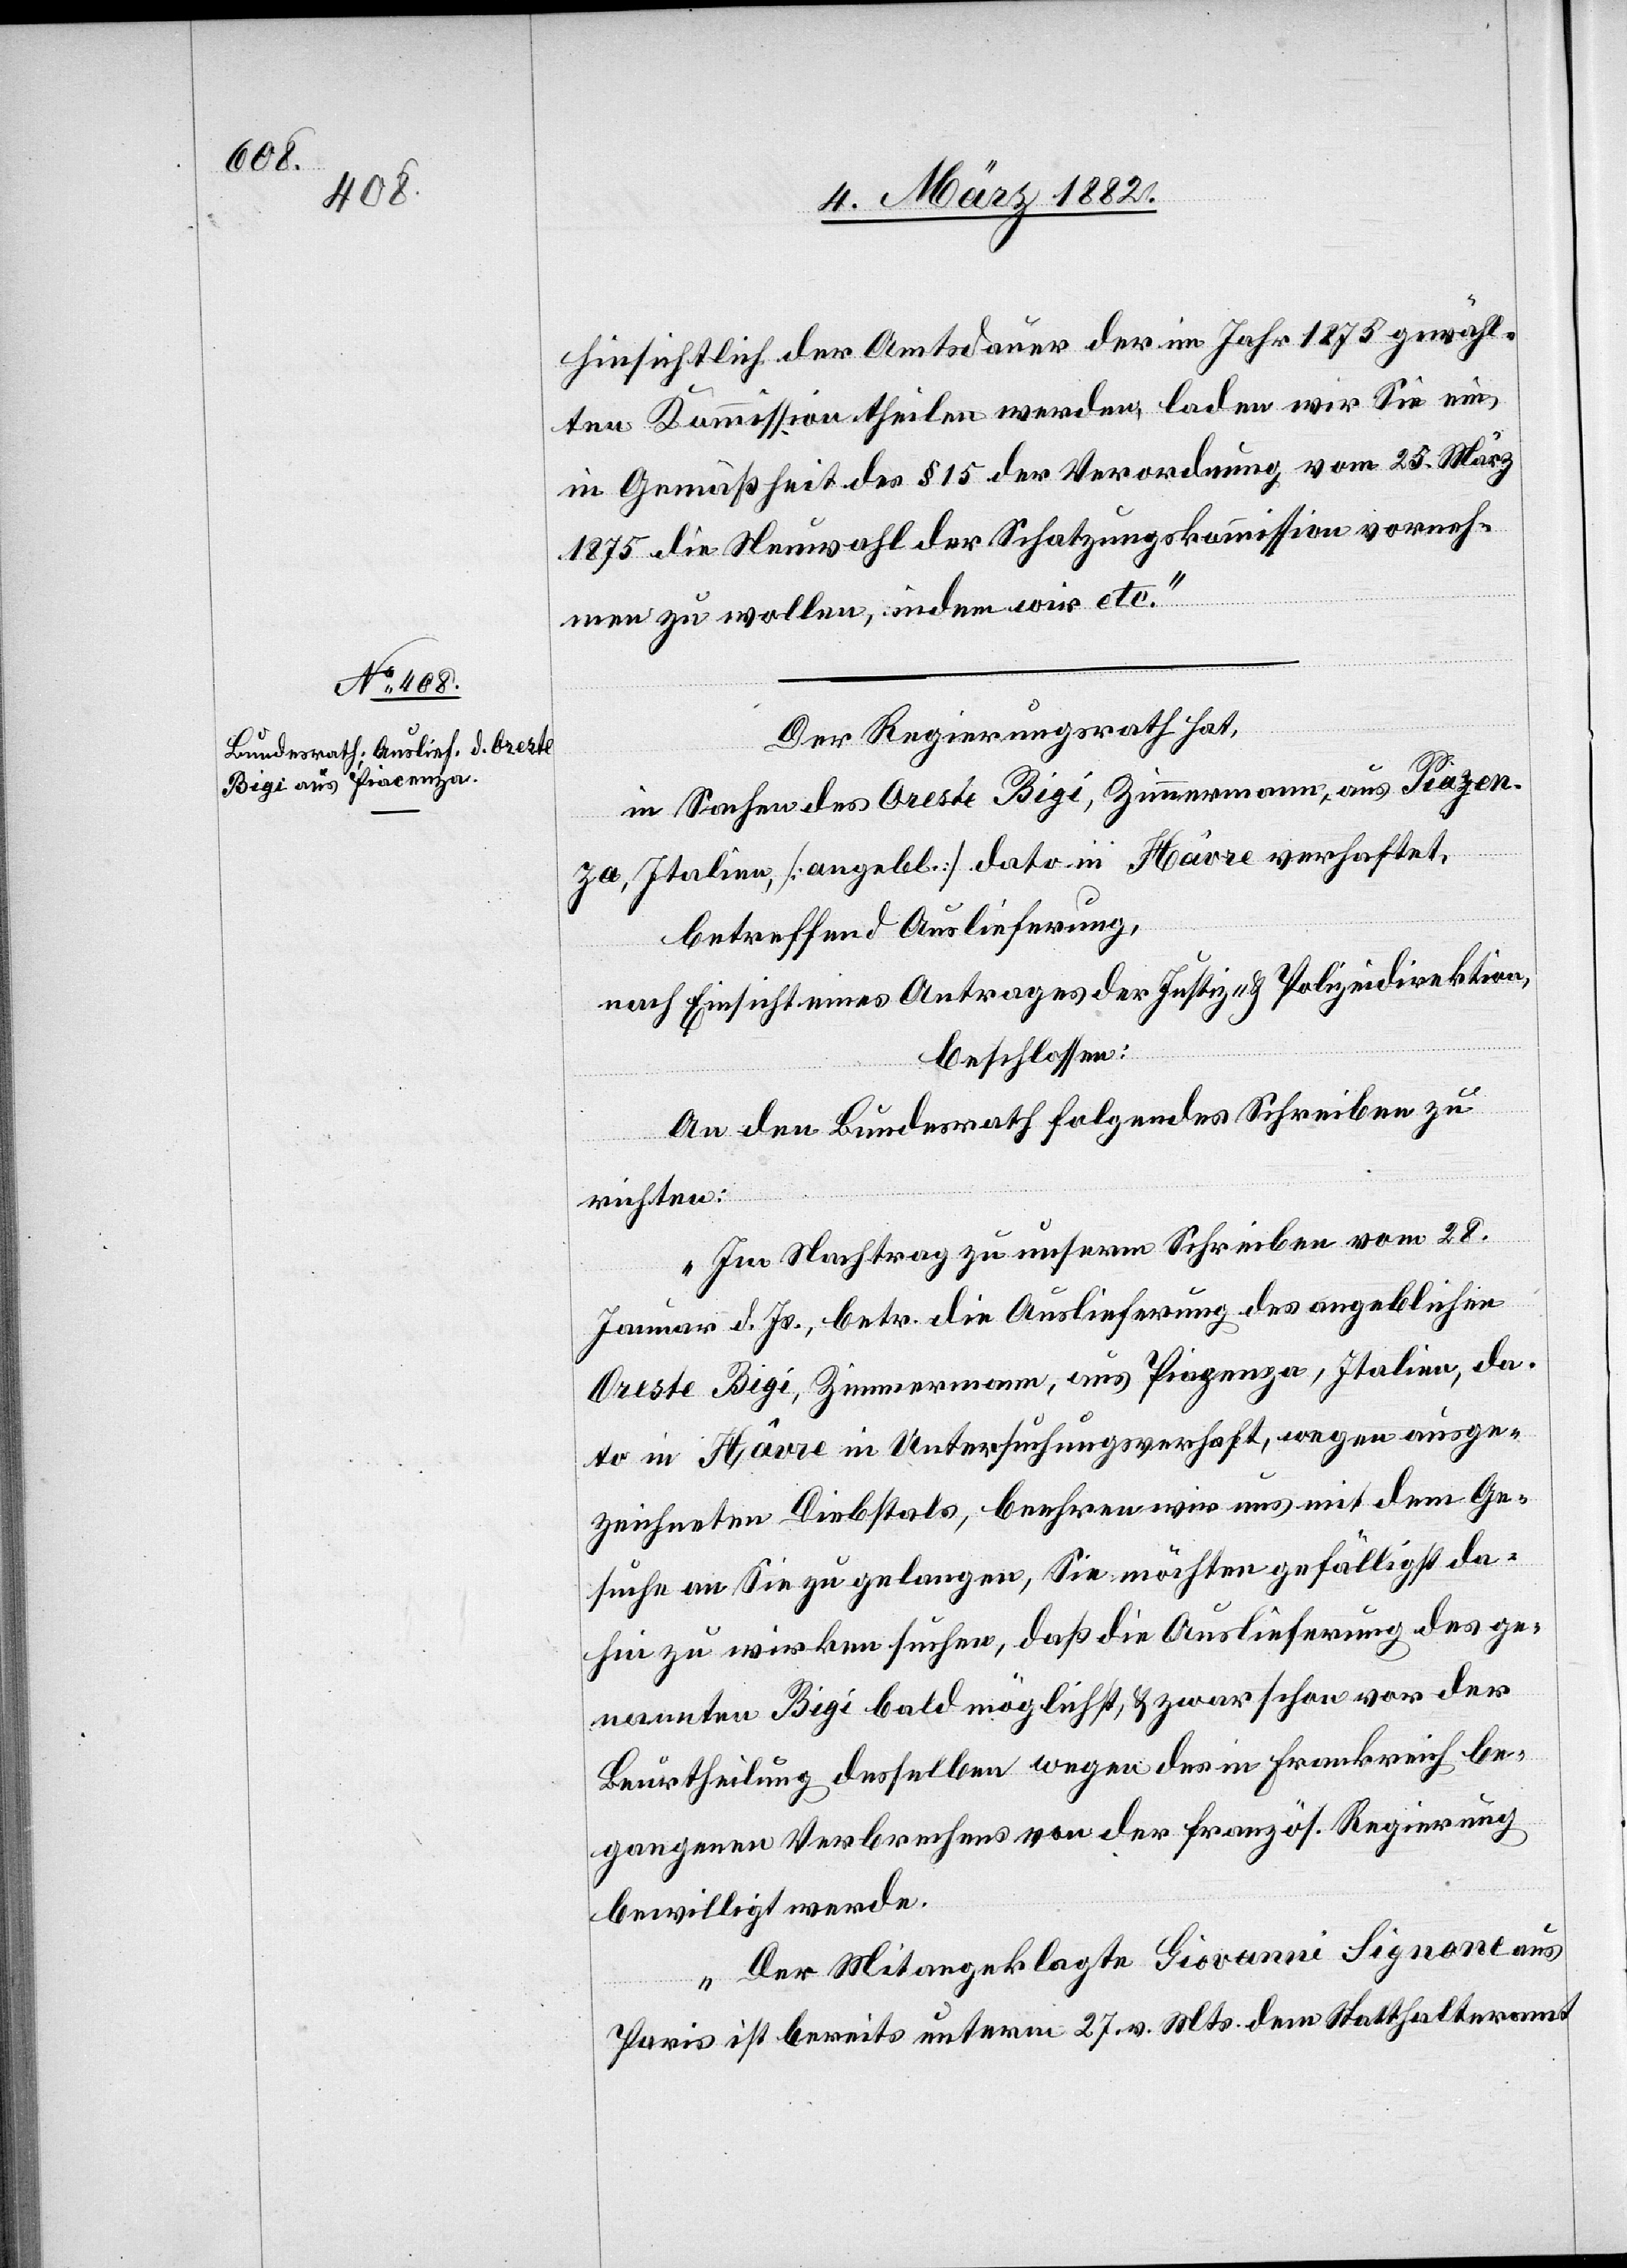
hinsichtlich der Amtsdauer der im Jahr 1875 gewähl¬
ten Kommission theilen werden, laden wir Sie ein,
in Gemäßheit des § 15 der Verordnung vom 25. März
1875 die Neuwahl der Schätzungskommission vorneh¬
men zu wollen, indem wir etc.“
Der Regierungsrath hat,
in Sachen des Oreste Bigi, Zimmermann, aus Piazenza
Italien, [angebl.] dato in Hâvre verhaftet,
betreffend Auslieferung,
nach Einsicht eines Antrages des Justiz- & Polizeidirektion,
beschlossen:
An den Bundesrath folgendes Schreiben zu
richten:
„Im Nachtrag zu unserem Schreiben vom 28.
Januar d. Js., betr. die Auslieferung des angeblichen
Oreste Bigi, Zimmermann, aus Piazenza, Italien, da¬
to in Hâvre in Untersuchungshaft, wegen ausge¬
zeichneten Diebstals, beehren wir uns mit dem Ge¬
suche an Sie zu gelangen, Sie möchten gefälligst da¬
hin zu wirken suchen, daß die Auslieferung des ge¬
nannten Bigi bald möglichst, & zwar schon vor der
Beurtheilung desselben wegen des in Frankreich be¬
gangenen Verbrechens von der französ. Regierung
bewilligt werde.
Der Mitangeklagte Giovanni Signone aus
Paris ist bereits unterm 27. v. Mts. dem Statthalteramt